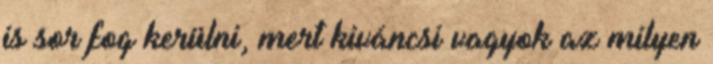
is sor fog kerülni, mert kiváncsi vagyok az milyen